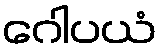
ဂေါပယံ